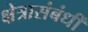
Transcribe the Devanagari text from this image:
क्षेत्रासंबंधीं